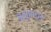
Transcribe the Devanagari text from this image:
इसुआपुर